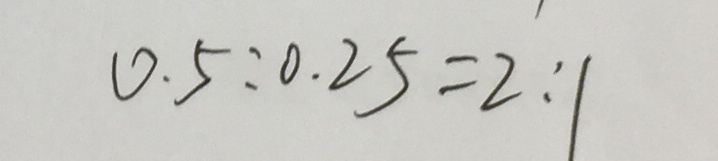
0 . 5 : 0 . 2 5 = 2 : 1